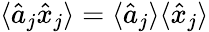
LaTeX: \langle{\hat{a}_{j}\hat{x}_{j}}\rangle=\langle{\hat{a}_{j}}\rangle\langle{\hat{x}_{j}}\rangle